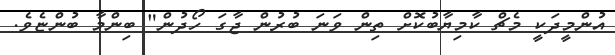
އުންމީދަކީ މެޗް ކާމިޔާބުކޮށް ތިން ވަނަ ބުރުން ޖާގަ ހޯދުން" ބިންމާ ބުންޏެވެ.